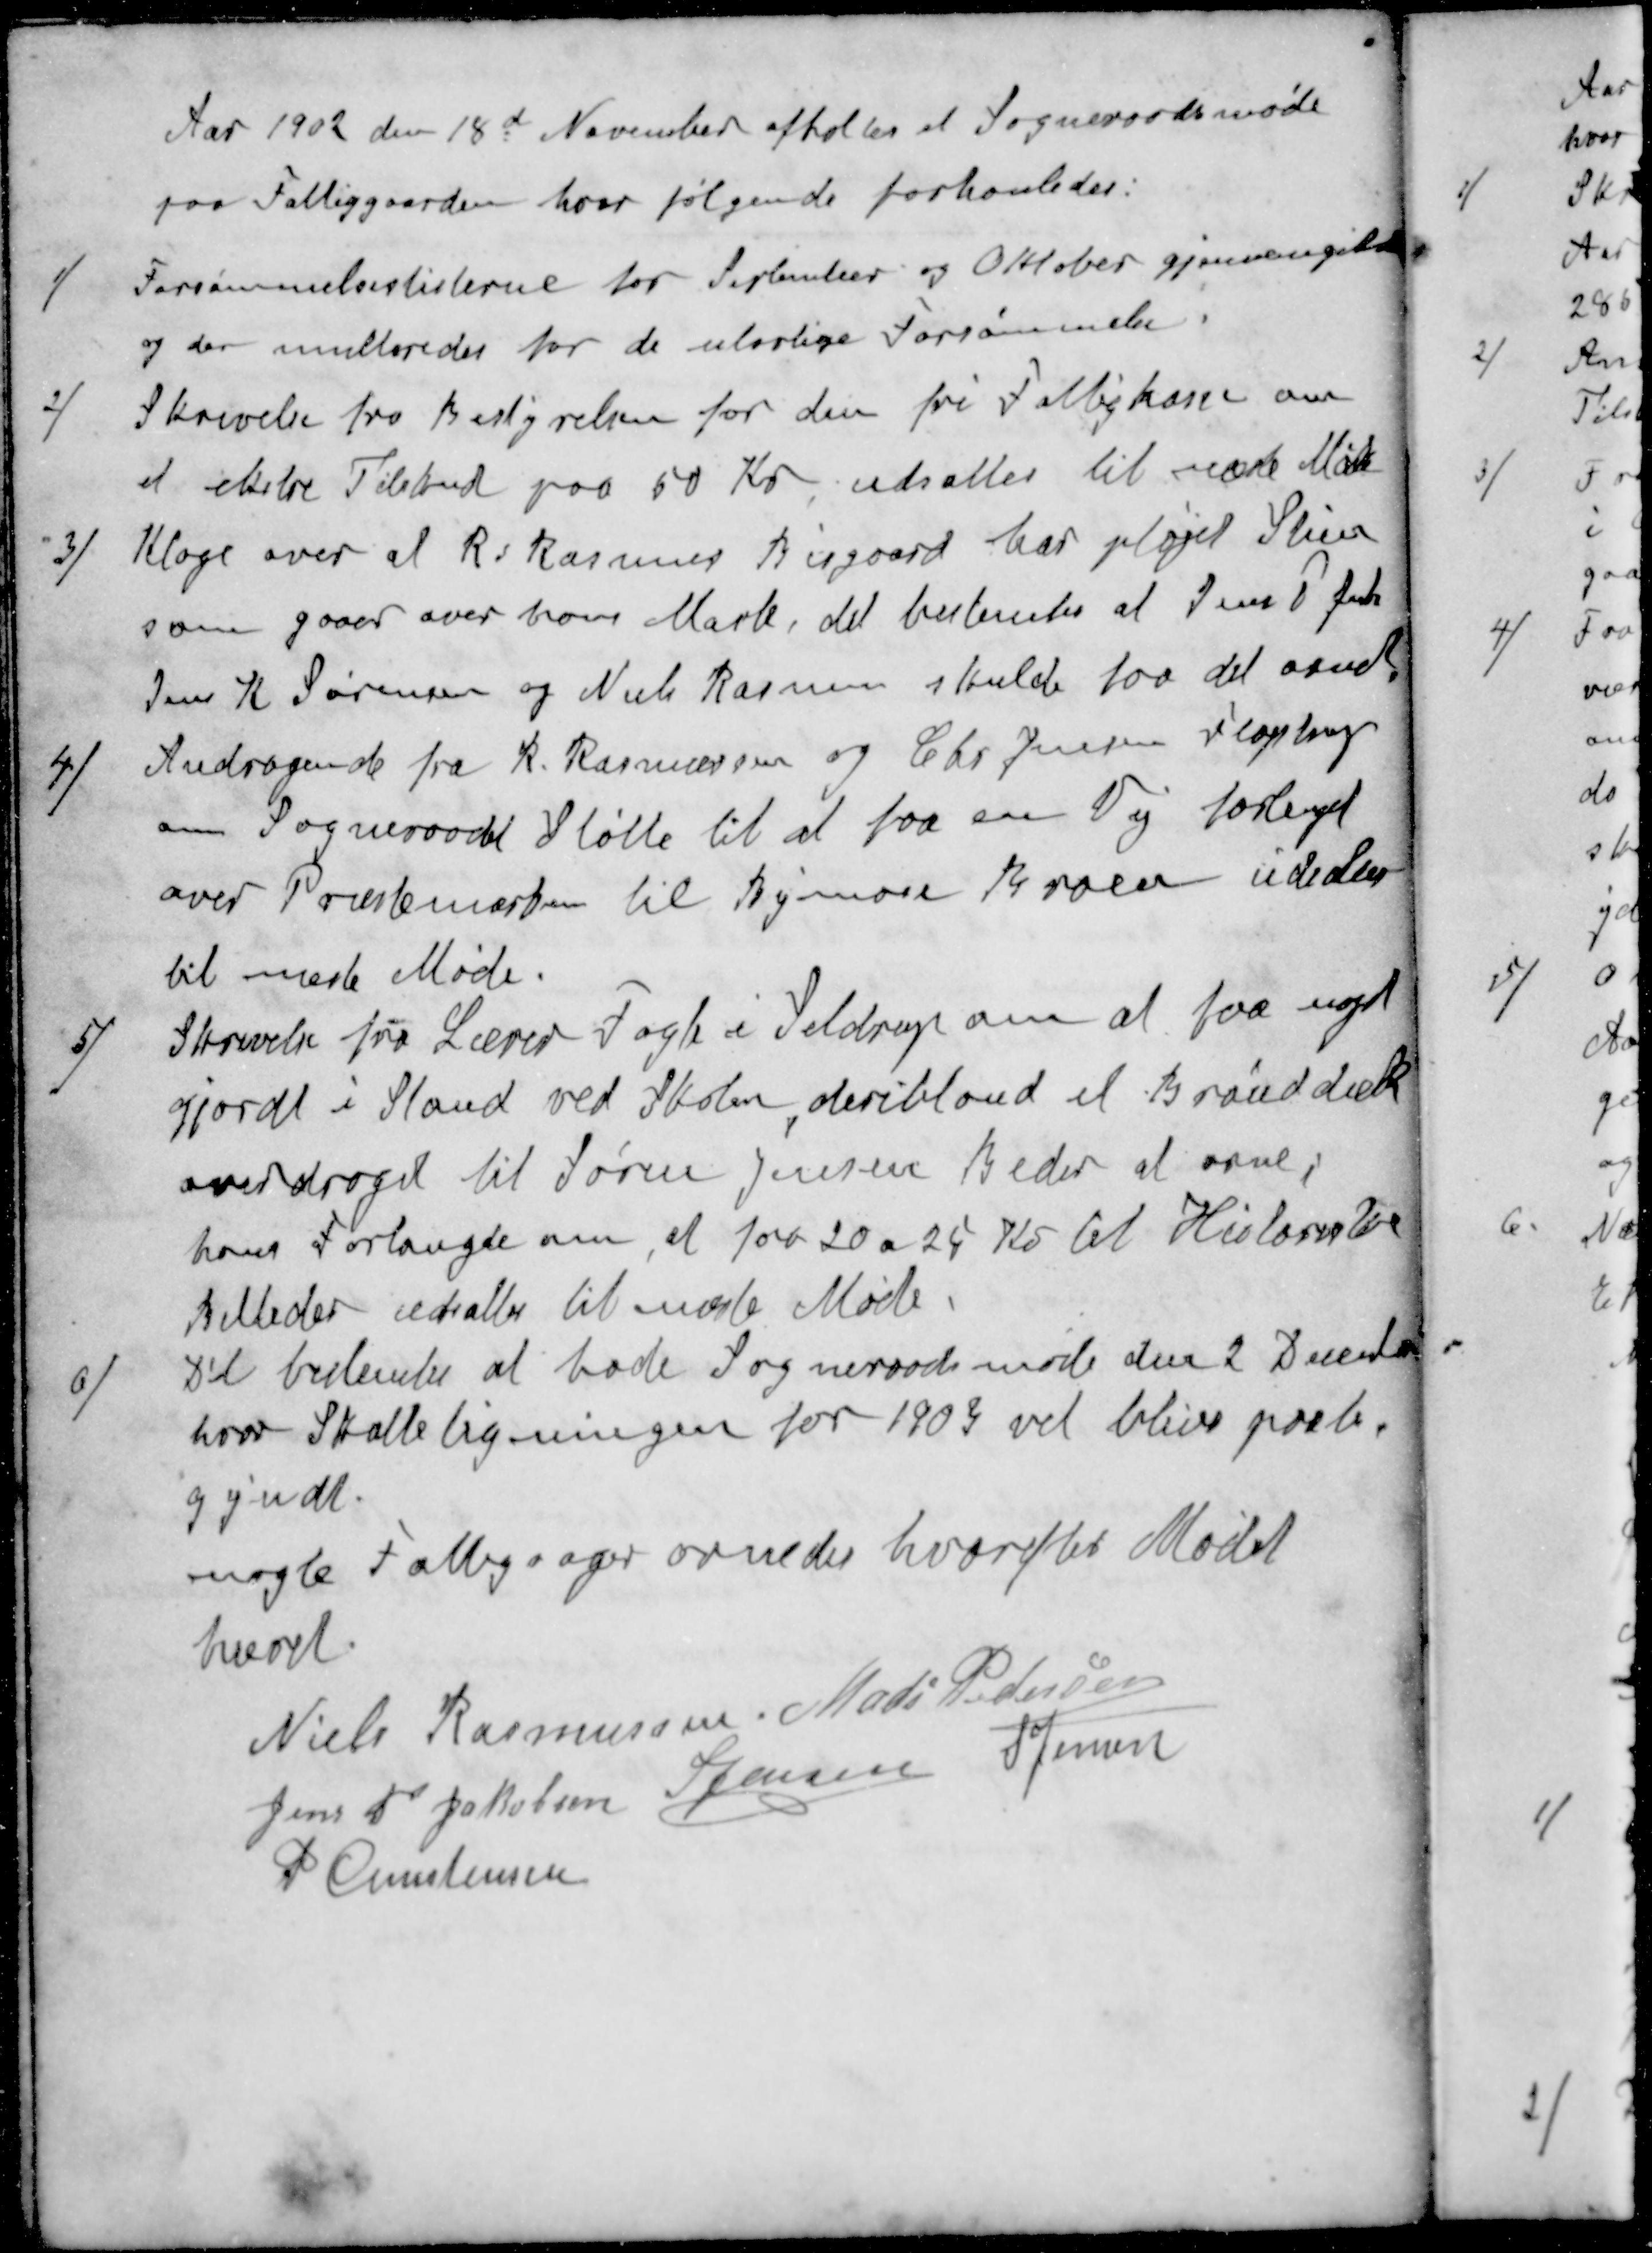
Transskription:
Aar 1902 den 18d November afholtes et Sogneraadsmøde
paa Fattiggaarden hvor følgende forhanledes:
1 / Forsømmelseslisterne for September og Oktober gjenvangikkes
og der multeredes for de ulovlige Forsømmelse
2 / Skrivelse fra Bestyrelsen for den fri Fattigkasse om
et ekstre Tilskud paa 50 Kr, udsattes til næste Møde
3 / Klage over at Rs Rasmus Bisgaard har pløjet Stien
som gaaer over hans Mark, det bestemtes at Jens P Jensen
Jens K. Sørensen og Niels Rasmus skulde faa det ornet
4 / Andragende fra R. Rasmussen og Chr. Jensen, Fløjstrup
om Sogneraadet Støtte til at faa en Vej forlenget
over Præstemarken til Bymose Broen udsates
til næste Møde.
5 / Skrivelse fra Lærer Fogh i Seldrup om at faa noget
gjordt i Stand ved Skolen deribland et Brønddæk
overdroges til Søren Jensen Beder at orne,
hans Forlangte om, at faa 20 a 25 Kr til Historiske
Billeder udsattes til næste Møde
6 / Det bestemtes at hode Sogneraadsmøde den 2 Decembe
hvor Skatteligningen for 1903 vil blive paabe-
gyndt.
nogle Fattigsager ornedes hvorefter Mødet
hævet.
Niels Rasmussen
Mads Pedersen
Jens P Jakobsen
S Jensen
S Jensen
P Christensen